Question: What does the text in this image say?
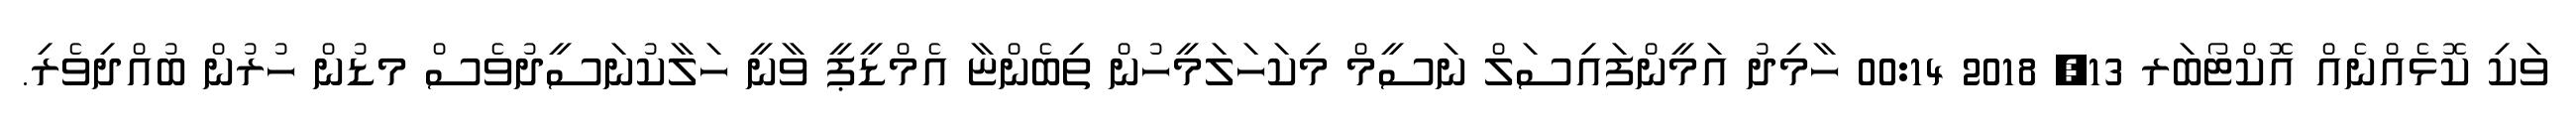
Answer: ވަކި ކޮޅެއްނެއް އޮކްޓޯބަރ 13, 2018 00:14 ހާމިދު އަމީންފައިސަލް ނަސީމް މިކަހަލަމީހުން ތިބެންޏާ އެމްޑީޕީ ވާނީ ހަލާކުނަސީދުވެސް މޑުން ހުރުން ބުއްދިވެރި.